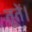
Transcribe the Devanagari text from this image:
तूतें।